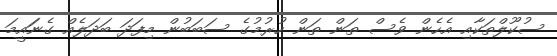
ސުކޫލްތަކާއި އެހެން ވެސް ތަން ތަން ހުރުމުގެ ސަބަބުން މިފަދަ ބަދަލެއް ގެނަައީމަ